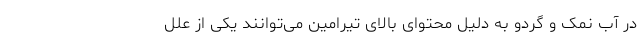
در آب نمک و گردو به دلیل محتوای بالای تیرامین می‌توانند یکی از علل